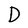
Character: D